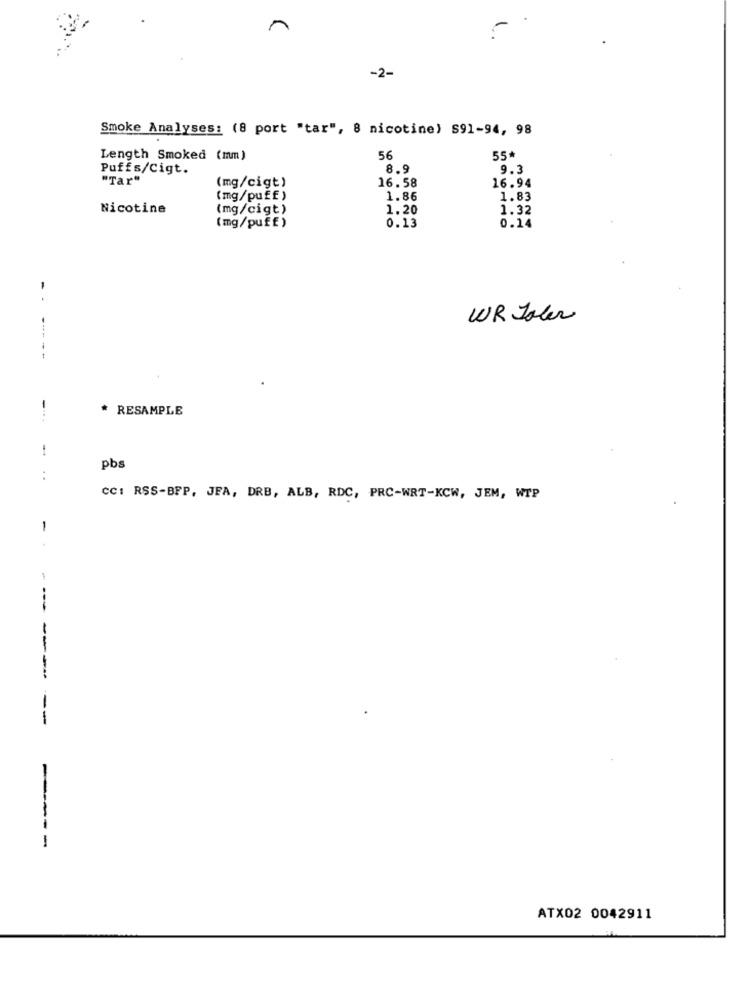
-2-
Smoke Analyses: (8 port "tar", 8 nicotine) S91-94, 98
Length Smoked (mm)
56
55*
Puffs/Cigt.
8.9
9.3
"Tar"
16.58
(mg/cigt)
16.94
(mg/puff)
1.86
1.83
Nicotine
(mg/cigt)
1.20
1.32
(mg/puff)
0.13
0.14
-.
WR Joker
--
* RESAMPLE
pbs
..
CC: RSS-BFP, JEA, DRB, ALB, RDC, PRC-WRT-KCW, JEM, WTP
-
-- -
ATX02 0042911